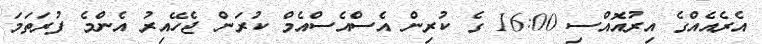
އެރެއެއްގެ އިރުއޮއްސި 16:00 ގެ ކުރިން އެސްއެސްއެމް ކުރަން ޖެހޭއިރު އެންމެ ފުރަތަމަ